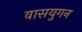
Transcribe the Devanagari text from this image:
वासयुगन